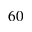
_ { 6 0 }